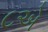
૮એ